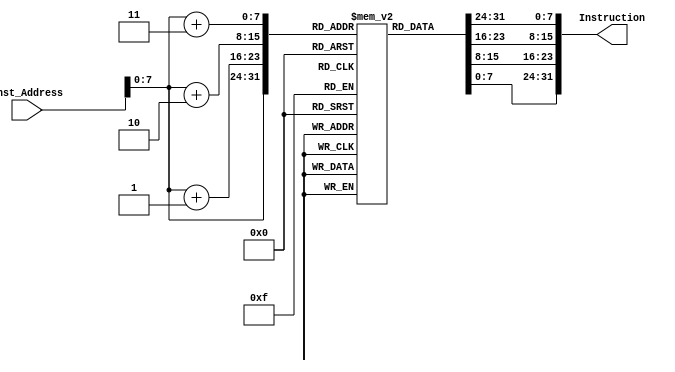
module Instruction_Memory(Inst_Address, Instruction);
  
  input [63:0] Inst_Address;
  output [31:0] Instruction;
  
  reg [7:0] IMem [159:0] ;
  initial begin
    // blt x1 x11 -60
    IMem[159] = 8'b11111100;
    IMem[158] = 8'b10110000;
    IMem[157] = 8'b11000010;
    IMem[156] = 8'b11100011;
    // addi x1 x1 4
    IMem[155] = 8'b00000000;
    IMem[154] = 8'b01000000;
    IMem[153] = 8'b10000000;
    IMem[152] = 8'b10010011;
    // sw x4 4(x6)
    IMem[151] = 8'b00000000;
    IMem[150] = 8'b01000011;
    IMem[149] = 8'b00100010;
    IMem[148] = 8'b00100011;
    // blt x4 x7 -20
    IMem[147] = 8'b11111110;
    IMem[146] = 8'b01110010;
    IMem[145] = 8'b01000110;
    IMem[144] = 8'b11100011;
    // bge x0 x5 8
    IMem[143] = 8'b00000000;
    IMem[142] = 8'b01010000;
    IMem[141] = 8'b01010100;
    IMem[140] = 8'b01100011;
    // lw x7 0(x6)
    IMem[139] = 8'b00000000;
    IMem[138] = 8'b00000011;
    IMem[137] = 8'b00100011;
    IMem[136] = 8'b10000011;
    // add x6 x5 x10
    IMem[135] = 8'b00000000;
    IMem[134] = 8'b10100010;
    IMem[133] = 8'b10000011;
    IMem[132] = 8'b00110011;
    // addi x5 x5 -4
    IMem[131] = 8'b11111111;
    IMem[130] = 8'b11000010;
    IMem[129] = 8'b10000010;
    IMem[128] = 8'b10010011;
    // sw x7 4(x6)
    IMem[127] = 8'b00000000;
    IMem[126] = 8'b01110011;
    IMem[125] = 8'b00100010;
    IMem[124] = 8'b00100011;
    // bge x4 x7 28
    IMem[123] = 8'b00000000;
    IMem[122] = 8'b01110010;
    IMem[121] = 8'b01011110;
    IMem[120] = 8'b01100011;
    // bge x0 x5 32
    IMem[119] = 8'b00000010;
    IMem[118] = 8'b01010000;
    IMem[117] = 8'b01010000;
    IMem[116] = 8'b01100011;
    // lw x7 0(x6)
    IMem[115] = 8'b00000000;
    IMem[114] = 8'b00000011;
    IMem[113] = 8'b00100011;
    IMem[112] = 8'b10000011;
    // add x6 x5 x10
    IMem[111] = 8'b00000000;
    IMem[110] = 8'b10100010;
    IMem[109] = 8'b10000011;
    IMem[108] = 8'b00110011;
    // addi x5 x1 -4
    IMem[107] = 8'b11111111;
    IMem[106] = 8'b11000000;
    IMem[105] = 8'b10000010;
    IMem[104] = 8'b10010011;
    // lw x4 0(x3)
    IMem[103] = 8'b00000000;
    IMem[102] = 8'b00000001;
    IMem[101] = 8'b10100010;
    IMem[100] = 8'b00000011;
    // add x3 x1 x10
    IMem[99] = 8'b00000000;
    IMem[98] = 8'b10100000;
    IMem[97] = 8'b10000001;
    IMem[96] = 8'b10110011;
    // blt x1 x10 4
    IMem[95] = 8'b00000000;
    IMem[94] = 8'b10100000;
    IMem[93] = 8'b11000010;
    IMem[92] = 8'b01100011;
    // addi x1 x0 4
    IMem[91] = 8'b00000000;
    IMem[90] = 8'b01000000;
    IMem[89] = 8'b00000000;
    IMem[88] = 8'b10010011;
    // sw x9 36(x10)
    IMem[87] = 8'b00000010;
    IMem[86] = 8'b10010101;
    IMem[85] = 8'b00100010;
    IMem[84] = 8'b00100011;
    // addi x9 x0 75
    IMem[83] = 8'b00000100;
    IMem[82] = 8'b10110000;
    IMem[81] = 8'b00000100;
    IMem[80] = 8'b10010011;
    // sw x9 32(x10)
    IMem[79] = 8'b00000010;
    IMem[78] = 8'b10010101;
    IMem[77] = 8'b00100000;
    IMem[76] = 8'b00100011;
    // addi x9 x0 31
    IMem[75] = 8'b00000001;
    IMem[74] = 8'b11110000;
    IMem[73] = 8'b00000100;
    IMem[72] = 8'b10010011;
    // sw x9 28(x10)
    IMem[71] = 8'b00000000;
    IMem[70] = 8'b10010101;
    IMem[69] = 8'b00101110;
    IMem[68] = 8'b00100011;
    // addi x9 x0 66
    IMem[67] = 8'b00000100;
    IMem[66] = 8'b00100000;
    IMem[65] = 8'b00000100;
    IMem[64] = 8'b10010011;
    // sw x9 24(x10)
    IMem[63] = 8'b00000000;
    IMem[62] = 8'b10010101;
    IMem[61] = 8'b00101100;
    IMem[60] = 8'b00100011;
    // addi x9 x0 71
    IMem[59] = 8'b00000100;
    IMem[58] = 8'b01110000;
    IMem[57] = 8'b00000100;
    IMem[56] = 8'b10010011;
    // sw x9 20(x10)
    IMem[55] = 8'b00000000;
    IMem[54] = 8'b10010101;
    IMem[53] = 8'b00101010;
    IMem[52] = 8'b00100011;
    // addi x9 x0 46
    IMem[51] = 8'b00000010;
    IMem[50] = 8'b11100000;
    IMem[49] = 8'b00000100;
    IMem[48] = 8'b10010011;
    // sw x9 16(x10)
    IMem[47] = 8'b00000000;
    IMem[46] = 8'b10010101;
    IMem[45] = 8'b00101000;
    IMem[44] = 8'b00100011;
    // addi x9 x0 98
    IMem[43] = 8'b00000110;
    IMem[42] = 8'b00100000;
    IMem[41] = 8'b00000100;
    IMem[40] = 8'b10010011;
    // sw x9 12(x10)
    IMem[39] = 8'b00000000;
    IMem[38] = 8'b10010101;
    IMem[37] = 8'b00100110;
    IMem[36] = 8'b00100011;
    // addi x9 x0 63
    IMem[35] = 8'b00000011;
    IMem[34] = 8'b11110000;
    IMem[33] = 8'b00000100;
    IMem[32] = 8'b10010011;
    // sw x9 4(x10)
    IMem[31] = 8'b00000000;
    IMem[30] = 8'b10010101;
    IMem[29] = 8'b00100100;
    IMem[28] = 8'b00100011;
    // addi x9 x0 94
    IMem[27] = 8'b00000101;
    IMem[26] = 8'b11100000;
    IMem[25] = 8'b00000100;
    IMem[24] = 8'b10010011;
    // sw x9 4(x10)
    IMem[23] = 8'b00000000;
    IMem[22] = 8'b10010101;
    IMem[21] = 8'b00100010;
    IMem[20] = 8'b00100011;
    // addi x9 x0 62
    IMem[19] = 8'b00000011;
    IMem[18] = 8'b11100000;
    IMem[17] = 8'b00000100;
    IMem[16] = 8'b10010011;
    // sw x9 0(x10)
    IMem[15] = 8'b00000000;
    IMem[14] = 8'b10010101;
    IMem[13] = 8'b00100000;
    IMem[12] = 8'b00100011;
    // addi x9 x0 18
    IMem[11] = 8'b00000001;
    IMem[10] = 8'b00100000;
    IMem[9]  = 8'b00000100;
    IMem[8]  = 8'b10010011;
    // addi x11 x0 40
    IMem[7]  = 8'b00000010;
    IMem[6]  = 8'b10000000;
    IMem[5]  = 8'b00000101;
    IMem[4]  = 8'b10010011;
    // addi x10 x0 0
    IMem[3]  = 8'b00000000;
    IMem[2]  = 8'b00000000;
    IMem[1]  = 8'b00000101;
    IMem[0]  = 8'b00010011;
  end
  
  assign Instruction[31:0] = {IMem[Inst_Address+2'b11], IMem[Inst_Address+2'b10], IMem[Inst_Address+1'b1], IMem[Inst_Address]};
  
endmodule